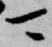
可